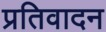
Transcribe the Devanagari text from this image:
प्रतिवादन